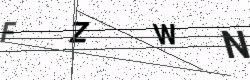
Text: FZWN